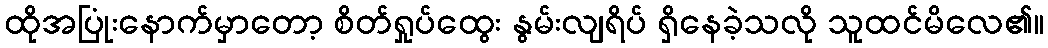
ထိုအပြုံးနောက်မှာတော့ စိတ်ရှုပ်ထွေး နွမ်းလျရိပ် ရှိနေခဲ့သလို သူထင်မိလေ၏။